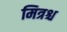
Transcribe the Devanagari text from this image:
मित्रश्च